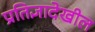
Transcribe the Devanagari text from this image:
प्रतिज्ञादेखील